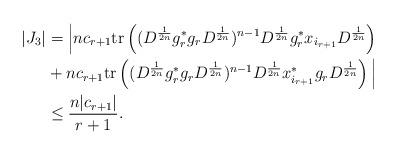
LaTeX: \begin{align*}|J_3| &=\Big|n c_{r+1} \mathrm{tr} \left( (D^{\frac{1}{2n}}g_r^*g_rD^{\frac{1}{2n}})^{n-1}D^{\frac{1}{2n}}g_r^*x_{i_{r+1}}D^{\frac{1}{2n}}\right) \\& + n c_{r+1} \mathrm{tr} \left( (D^{\frac{1}{2n}}g_r^*g_rD^{\frac{1}{2n}})^{n-1}D^{\frac{1}{2n}}x_{i_{r+1}}^*g_rD^{\frac{1}{2n}}\right)\Big| \\ &\leq \frac{n|c_{r+1}|}{r+1}. \end{align*}